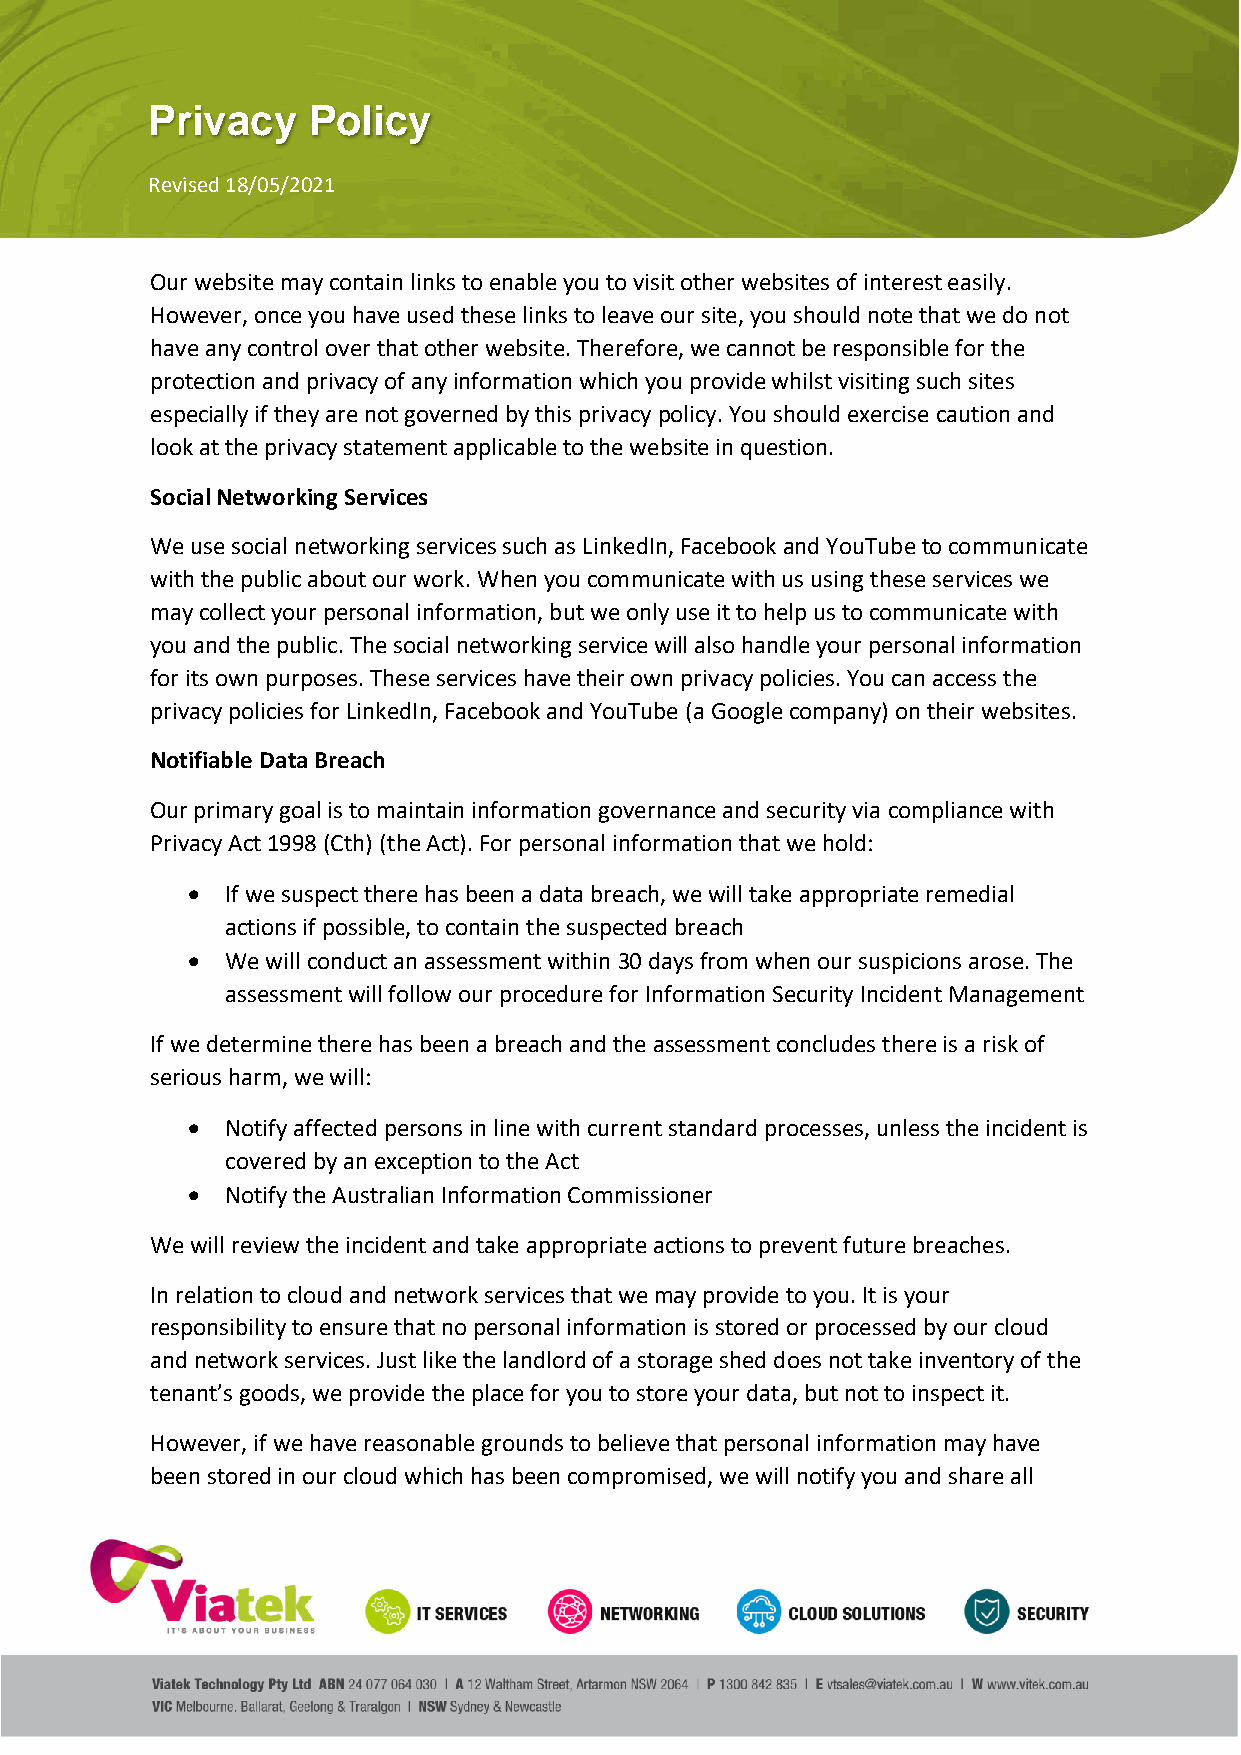
Privacy   Policy
 Revised 18/05/2021
 Our website may contain links to enable you to visit other websites of interest easily.
 However, once you have used these links to leave our site, you should note that we do not
 have any control over that other website. Therefore, we cannot be responsible for the
 protection and privacy of any information which you provide whilst visiting such sites
 especially if they are not governed by this privacy policy. You should exercise caution and
 look at the privacy statement applicable to the website in question.
 Social Networking Services
 We use social networking services such as LinkedIn, Facebook and YouTube to communicate
 with the public about our work. When you communicate with us using these services we
 may collect your personal information, but we only use it to help us to communicate with
 you and the public. The social networking service will also handle your personal information
 for its own purposes. These services have their own privacy policies. You can access the
 privacy policies for LinkedIn, Facebook and YouTube (a Google company) on their websites.
 Notifiable Data Breach
 Our primary goal is to maintain information governance and security via compliance with
 Privacy Act 1998 (Cth) (the Act). For personal information that we hold:
 •  If we suspect there has been a data breach, we will take appropriate remedial
 actions if possible, to contain the suspected breach
 •  We will conduct an assessment within 30 days from when our suspicions arose. The
 assessment will follow our procedure for Information Security Incident Management
 If we determine there has been a breach and the assessment concludes there is a risk of
 serious harm, we will:
 •  Notify affected persons in line with current standard processes, unless the incident is
 covered by an exception to the Act
 •  Notify the Australian Information Commissioner
 We will review the incident and take appropriate actions to prevent future breaches.
 In relation to cloud and network services that we may provide to you. It is your
 responsibility to ensure that no personal information is stored or processed by our cloud
 and network services. Just like the landlord of a storage shed does not take inventory of the
 tenant’s goods, we provide the place for you to store your data, but not to inspect it.
 However, if we have reasonable grounds to believe that personal information may have
 been stored in our cloud which has been compromised, we will notify you and share all